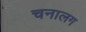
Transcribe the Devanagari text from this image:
चनालग